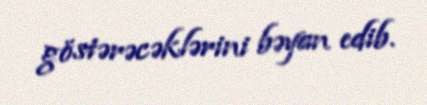
göstərəcəklərini bəyan edib.